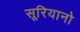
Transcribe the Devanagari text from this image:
सूरियानो